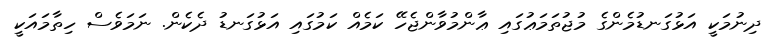
ދިނުމަކީ އަޅުގަނޑުމެންގެ މުޖުތަމަޢުގައި ޢާންމުވާންޖެހޭ ކަމެއް ކަމުގައި އަޅުގަނޑު ދެކެން. ނަމަވެސް ހިތާމައަކީ